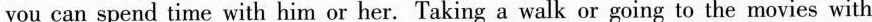
you can spend time with him or her. Taking a walk or going to the movies with